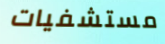
مستشفيات